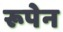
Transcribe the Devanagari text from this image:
रूपेन